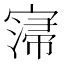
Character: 𡩻